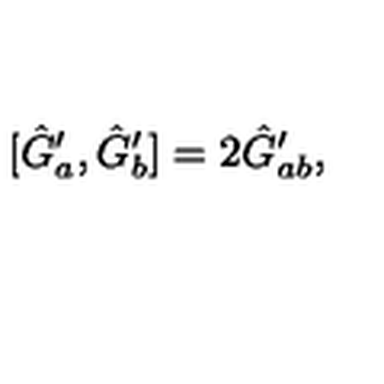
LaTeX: [ \hat { G } _ { a } ^ { \prime } , \hat { G } _ { b } ^ { \prime } ] = 2 \hat { G } _ { a b } ^ { \prime } ,